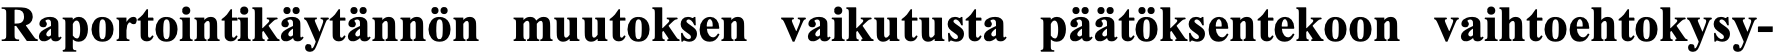
Raportointikäytännön muutoksen vaikutusta päätöksentekoon vaihtoehtokysy-